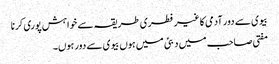
بیوی سے دور آدمی کا غیر فطری طریقہ سے خواہش پوری کرنا
مفتی صاحب میں دبئی میں ہوں بیوی سے دور ہوں۔